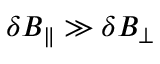
\delta B _ { \parallel } \gg \delta B _ { \perp }